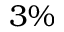
3 \%